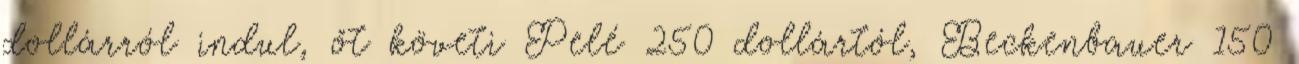
dollárról indul, őt követi Pelé 250 dollártól, Beckenbauer 150